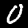
Digit: 0